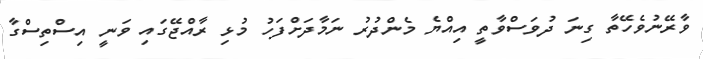
ވާރޭނުވެހޭތާ ގިނަ ދުވަސްވާތީ އިއްޔެ މެންދުރު ނަމާދަށްފަހު މުޅި ރާއްޖޭގައި ވަނީ އިސްތިސްގާ